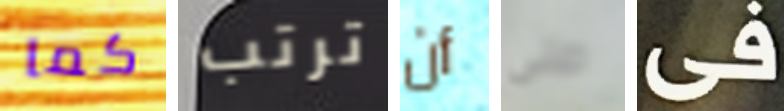
كما ترتب أن صلى فى